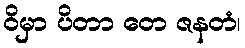
ဝိမှာ ပိတာ တေ ဇနတံ၊